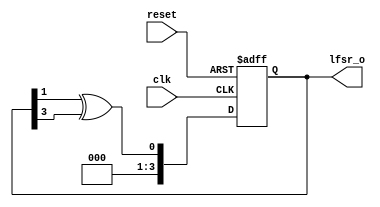
module day7 (
  input clk,
  input reset,
  
  output reg [3:0] lfsr_o
  );
  
  reg [3:0] lfsr_ff;
  reg [3:0] nxt_lsr;
  
  always@(posedge clk or posedge reset)
     if (reset)
	   lfsr_ff<=4'hE;  //to avoid the case where the LFSR starts with a zero value
	 else
	  lfsr_ff <= nxt_lfsr;

 assign nxt_lfsr = {lfsr_ff[2:0], lfsr_ff[1] ^ lfsr_ff[3]};
	   
 assign lfsr_o = lfsr_ff;

endmodule